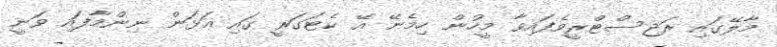
މާލޭގައި ރަޖިސްޓްރީވެފައިވާ މީހުން ހިމެނޭ އޭ ކެޓަގަރީ ގައި އަޅަން ނިންމާފައި ވަނީ